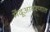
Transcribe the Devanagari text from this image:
मेंदूआवरणात